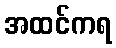
အထင်ကရ